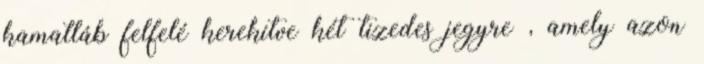
kamatláb felfelé kerekítve két tizedes jegyre , amely azon